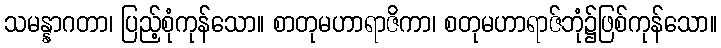
သမန္နာဂတာ၊ ပြည့်စုံကုန်သော။ စာတုမဟာရာဇိကာ၊ စတုမဟာရာဇ်ဘုံ၌ဖြစ်ကုန်သော။